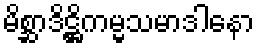
မိစ္ဆာဒိဋ္ဌိကမ္မသမာဒါနော